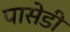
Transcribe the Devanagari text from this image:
पासेडी